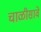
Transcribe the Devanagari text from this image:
चाळीसावे